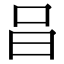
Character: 𠯭